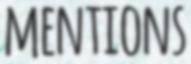
MENTIONS